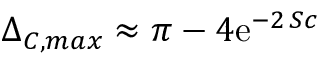
\Delta _ { C , m a x } \approx \pi - 4 \mathrm { e } ^ { - 2 \, S c }